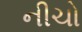
નીચો